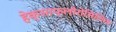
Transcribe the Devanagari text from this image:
हेक्साफ्लोरोसिलिक